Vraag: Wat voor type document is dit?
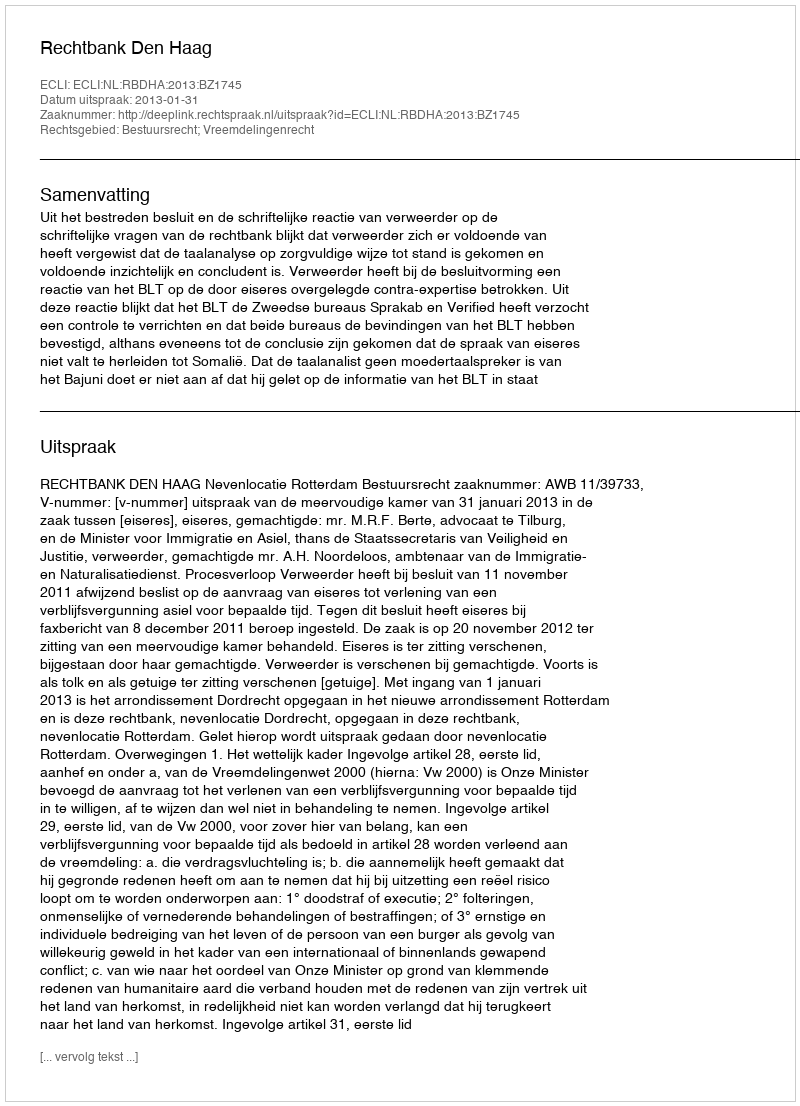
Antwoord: Uitspraak